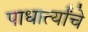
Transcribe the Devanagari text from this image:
पाधार्त्यांचे